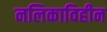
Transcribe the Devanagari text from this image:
नलिकाविहीन